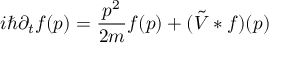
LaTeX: \displaystyle i \hbar \partial _ { t } f ( p ) = { \frac { p ^ { 2 } } { 2 m } } f ( p ) + ( { \tilde { V } } * f ) ( p )